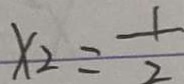
x _ { 2 } = \frac { 1 } { 2 }